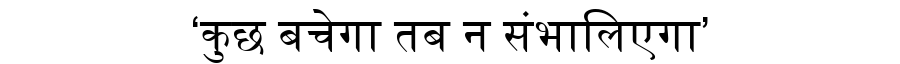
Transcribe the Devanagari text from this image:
‘कुछ बचेगा तब न संभालिएगा’